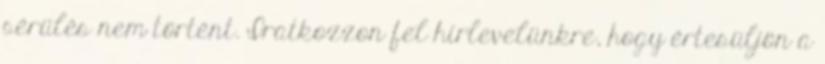
sérülés nem történt. Iratkozzon fel hírlevelünkre, hogy értesüljön a